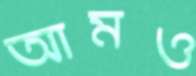
আমও